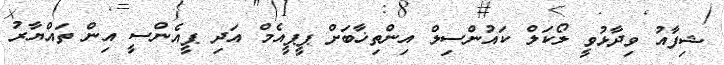
ޝިފާއު ވިދާޅުވީ ލޯކަލް ކައުންސިލް އިންތިޚާބަށް ޕީޕީއެމް އަދި ޕީއެންސީ އިން ތައްޔާރު